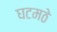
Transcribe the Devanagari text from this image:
घटमठे